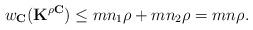
LaTeX: \begin{align*}w_{\mathbf{C}}(\mathbf{K}^{\rho\mathbf{C}})\le mn_1\rho+mn_2\rho=mn\rho.\end{align*}